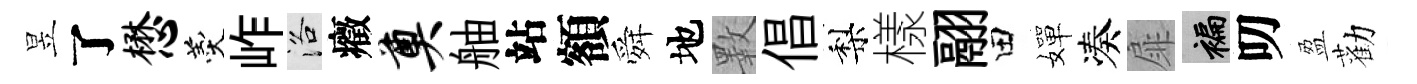
昱了懋羹岞洛癥奠舳站額舜地斁倡梨樣翮田嬋凑扉褊叨盈勸